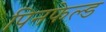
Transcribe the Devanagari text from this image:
पिनफेल्ड